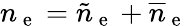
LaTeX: n_{\mathrm{~e~}}=\tilde{n}_{\mathrm{~e~}}+\overline{{n}}_{\mathrm{~e~}}